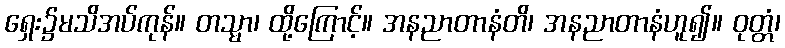
ရှေး၌မသိအပ်ကုန်။ တသ္မာ၊ ထို့ကြောင့်။ အနညာတာနံတိ၊ အနညာတာနံဟူ၍။ ဝုတ္တံ၊